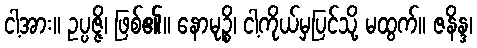
ငါ့အား။ ဥပ္ပဇ္ဇိ၊ ဖြစ်၏။ နောမုဉ္စိ၊ ငါ့ကိုယ်မှပြင်သို့ မထွက်။ ဇနိန္ဒ၊